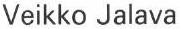
Veikko Jalava